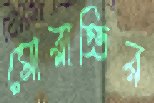
মোরাত্তির